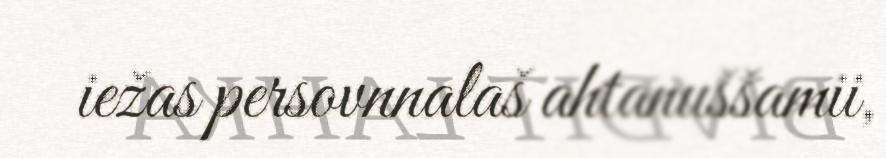
iežas persovnnalaš ahtanuššamii,